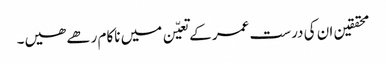
محققین ان کی درست عمر کے تعیّن میں ناکام رھے ھیں۔